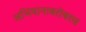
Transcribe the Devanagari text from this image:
अभियानाबरोबरच